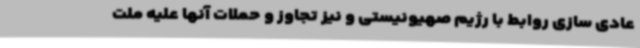
عادی سازی روابط با رژیم صهیونیستی و نیز تجاوز و حملات آنها علیه ملت